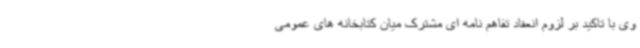
وی با تاکید بر لزوم انعقاد تفاهم نامه ای مشترک میان کتابخانه های عمومی